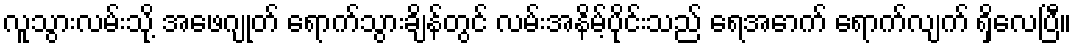
လူသွားလမ်းသို့ အဖေဂျုတ် ရောက်သွားချိန်တွင် လမ်းအနိမ့်ပိုင်းသည် ရေအောက် ရောက်လျက် ရှိလေပြီ။